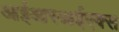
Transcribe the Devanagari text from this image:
आईआरआईएक्स